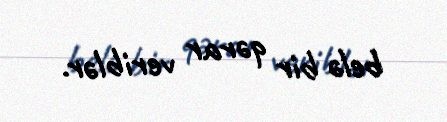
belə bir qərar veriblər.